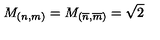
M _ { \left( n , m \right) } = M _ { \left( \overline { { n } } , \overline { { m } } \right) } = \sqrt { 2 }